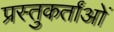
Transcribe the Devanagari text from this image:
प्रस्तुकर्तांओं